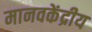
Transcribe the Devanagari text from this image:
मानवकेंद्रीय